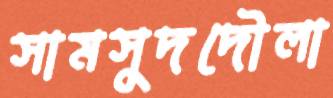
সামসুদদৌলা